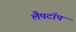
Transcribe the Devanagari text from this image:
लैपटाॅप